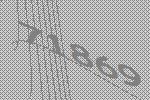
71869